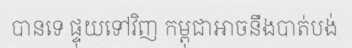
បានទេ ផ្ទុយទៅវិញ កម្ពុជាអាចនឹងបាត់បង់